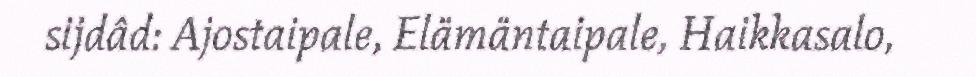
sijdâd: Ajostaipale, Elämäntaipale, Haikkasalo,